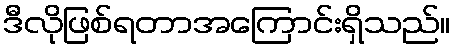
ဒီလိုဖြစ်ရတာအကြောင်းရှိသည်။